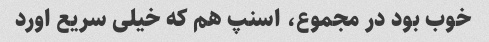
خوب بود در مجموع، اسنپ هم که خیلی سریع اورد